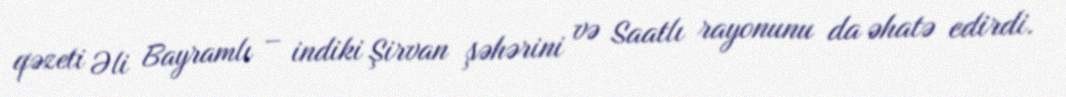
qəzeti Əli Bayramlı – indiki Şirvan şəhərini və Saatlı rayonunu da əhatə edirdi.